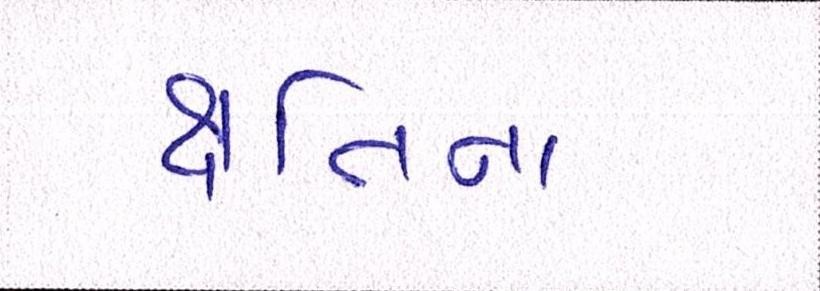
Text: ક્ષતિના